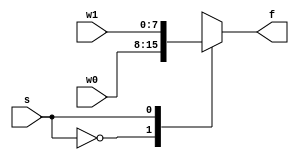
`timescale 1ns / 1ps

module mux_2x1_nbit
    #(parameter N = 8) (
    input [N - 1: 0] w0, w1,
    input s,
    output reg [N - 1: 0] f
    );
   
    // case (Multiplexing Networks)
    always @(w0, w1,s)
    begin
        case(s)
            1'b0: f = w0;
            1'b1: f = w1;
            default: f = 'bx;
        endcase
    end
endmodule